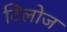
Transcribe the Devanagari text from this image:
टिलोज